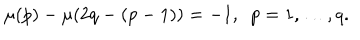
\mu ( p ) - \mu ( 2 q - ( p - 1 ) ) = - 1 , \mathtt { \ } p = 1 , \dots , q .